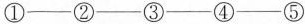
①——②——③——④——⑤